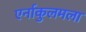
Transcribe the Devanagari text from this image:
एर्नाकुलमला